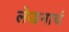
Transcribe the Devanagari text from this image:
लेखनाचं